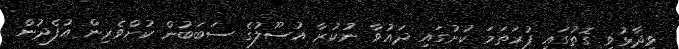
ވިދާޅުވި ގޮތުގައި ފުރަތަމަ ކުށުގައި ދައުވާ ނުކުރާ އުސޫލުގެ ސަބަބުން ކުށްވެރިން އުފެދުން